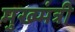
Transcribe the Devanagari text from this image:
मुख्य्मंत्री